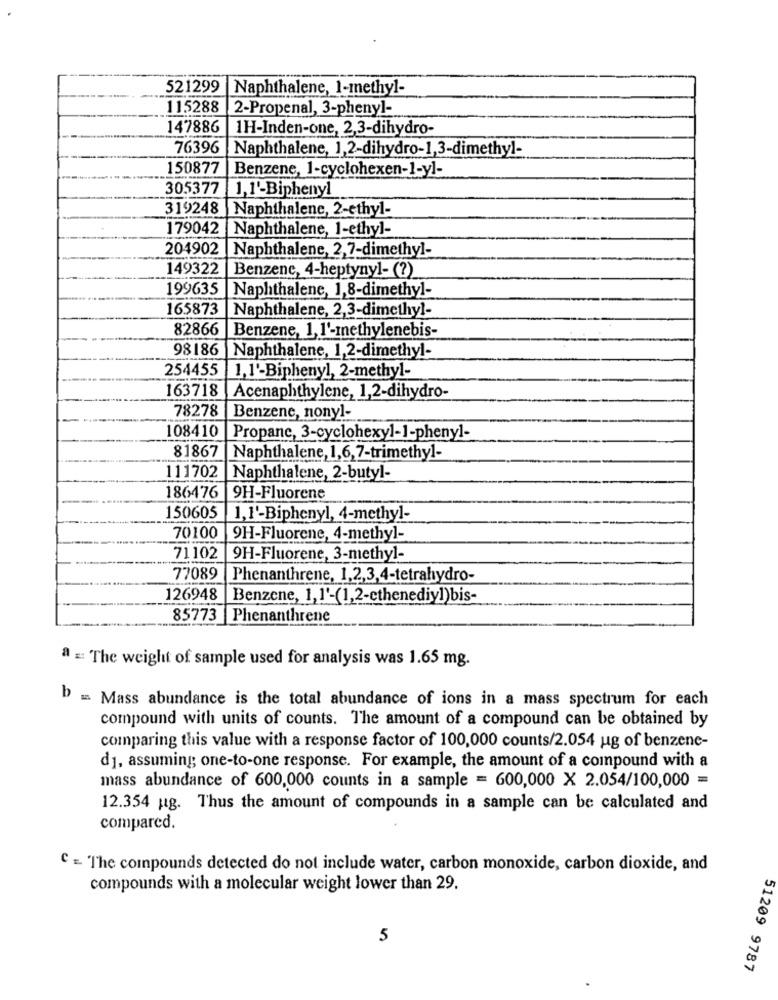
521299 Naphthalene, 1-methyl-
115288
2-Propenal, 3-phenyl-
147886
1H-Inden-one, 2,3-dihydro-
76396
Naphthalene, 1,2-dihydro-1,3-dimethyl-
150877
Benzene, 1-cyclohexen-1-yl-
305377
1,1'-Biphenyl
319248 |Naphthalene, 2-ethyl-
179042 Naphthalene, 1-ethyl-
204902 |Naphthalene, 2,7-dimethyl-
149322
Benzenc, 4-heptynyl- (?)
199635
Naphthalene, 1,8-dimethyl-
165873
|Naphthalene, 2,3-dimethyl-
82866 |Benzene, 1,1'-methylenebis-
98186
Naphthalene, 1,2-dimethyl-
254455
1,1º-Biphenyl, 2-methyl-
163718
Acenaphthylene, 1,2-dihydro-
78278
Benzene, nonyl-
108410
Propane, 3-cyclohexyl-1-phenyl-
81867
Naphthalene, 1,6,7-trimethyl-
111702
Naphthalene, 2-butyl-
186476
9H-Fluorene
150605
1,1'-Biphenyl, 4-methyl-
70100
9H-Fluorene, 4-methyl-
71102
9H-Fluorene, 3-methyl-
77089
Phenanthrene, 1,2,3,4-tetrahydro-
126948
Benzene, 1,1º-(1,2-cthenediy])bis-
85773 |Phenanthrene
a =: The weight of sample used for analysis was 1.65 mg.
b
= Mass abundance is the total abundance of ions in a mass spectrum for each
compound with units of counts. The amount of a compound can be obtained by
comparing this value with a response factor of 100,000 counts/2.054 ug of benzene-
d1, assuming one-to-one response. For example, the amount of a compound with a
mass abundance of 600,000 counts in a sample = 600,000 X 2.054/100,000 =
12.354 pg. Thus the amount of compounds in a sample can be calculated and
compared.
C - The compounds detected do not include water, carbon monoxide, carbon dioxide, and
compounds with a molecular weight lower than 29.
5
51209 9787